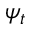
\psi _ { t }